Scottish Certificate of Education, 1962
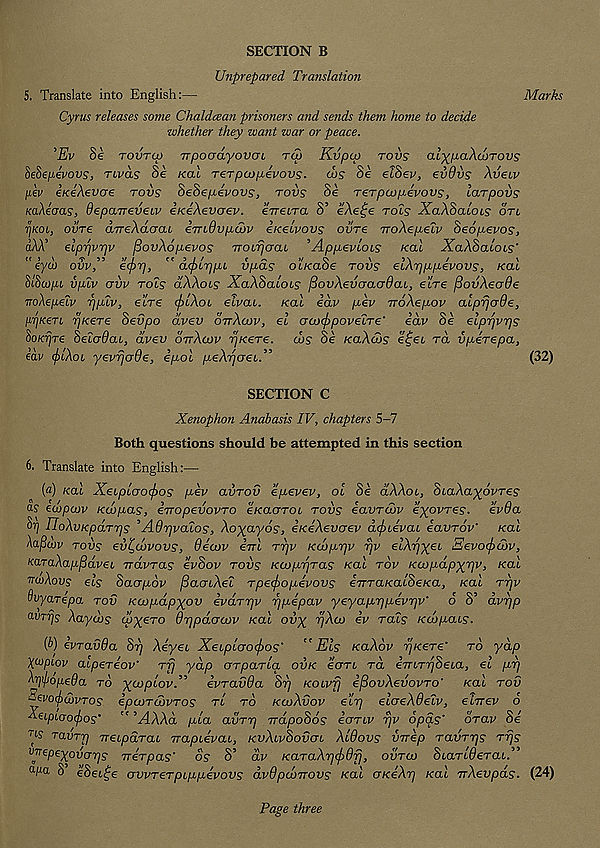
SECTION B
U?iprepared Translation
5. Translate into English:—
Marks
Cyrus releases some Chaldcean prisoners and sends them home to decide
whether they want war or peace.
’Ev Se Tovrco TTpoad-yovcn to> Kvpco rovs alxpaXcoTovs
l&epevovs, Twas Se /cat Terpoopevovs. (Ls Se eidev, evdvs Xveiv
pep eieeXevcre tovs dedepivovs, tovs de rerpcopevovs, larpovs
KaXeoas, deparrevecv eKeXevaev. erreera S’ eXetje rois XaXdaLocs on
TjKOL, ovTe direXaGcu eTnOvpcov iieeLvovs ovre rroXepelv deopevos,
aAA’ elprjvrjv fiovXopevos TrocrjcraL ' Appeviois /cat XaXdacoLS'
eyco ovv,
etp?],
acpcrjiu v/jlcls otKaoe tovs eiArmnevovs, koli
bidcnpL vplv ovv ToZg dXXoes XaXdaLOLs fiovXevaaoOai, etre /SovXeode
rroXepeZv ppZv, etre (f>lXoL elvai. /cat idv pev TroXepov alprjcrde,
prjKerL r/Kere devpo dvev ottXoov, el acoe/rpoveZre' idv de elprjvrjg
hoKrjre deZoOcu, dvev drrXcov TjKere. cnj de KaXd>s e^ei rd vperepa,
eav (f)lXoL yevfjcrOe, epol peXrjcieiX
(32)
SECTION C
Xenophon Anabasis IV, chapters 5-7
Both questions should be attempted in this section
6. Translate into English:—
[d) /cat XeipLGO(f)os pev aiirov epevev, ot Se olXXol, dcaXa^dvreg
a? ecvpojv Kbopas, ivopevovro eKaaroi rods eavrdov e^oj/rej. evda
8?] noXvKpdrrjs ’AOrjvaZos, Xo^ayos, eKeXevaev d^teVat eavrov' /cat
XajEbv tovs eii^cdvovs, decov irrl rrjv Kcvprjv rjv etA^et Eevo(f><jov,
KO-TaXapfidveL ndvras evdov tovs KcopyTas /cat tov Kcvpdpx'pv, /cat
ncuXovs els daapdv /SaatAet Tpe(f>opevovs e-nTaKaldeKa, /cat tt]v
QvyaTepa tov Kcopdpyov evdTrjv rjpepav yeyaprjpevrjv' d S’ dvpp
a-vrfjs Xaycos cn^ero Or]pdaa)v /cat ovx 7]Xa> ev rat? Kcvpcus.
{b) evTCLvOa dr) Xey et Xebplaocfros' ''Els kclXov rjKeTe' to yap
X^piov aipeTeov' Trj yap (JTpaTba ovk eoTL rd eTnTrjdeba, el pi]
^JJ^opeda to yajplovX evTavda di] KObvfj eflovXevovTO' teal tov
^evo(f)d)VTos epojTcdvTos tL to kcoXvov eir) elaeXdeZv, elrrev 6
A-eipcoocfios’ " ’^4AAd pla avTi) ndpodos eoTbv rjv 6pas' otov de
‘K TavTr) Tretparat rrapbevab, KvXbvdovob Xldovs vrrep TavTr)s Trjs
vvzpeypvaps rreTpas' os S’ dv KaTaXr)(frdfj, ovtoj Start^erat.”
apa S ideb^e ovvTeTpbppevovs dv6pdoTrovs /cat GKeXr) real rrXevpds. (24)
Page three